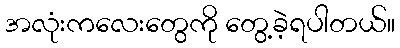
အလုံးကလေးတွေကို တွေ့ခဲ့ရပါတယ်။